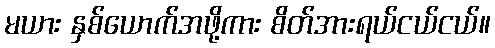
မယား နှစ်ယောက်အဖို့ကား စိတ်အားရယ်ငယ်ငယ်။